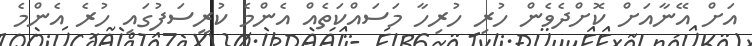
އަށް އޭނާއަށް ކޮށްދެވެން ހުރި ހުރިހާ މަސައްކަތެއް އެންމެ ކުރީސަފުގައި ހުރެ އެންމެ